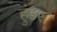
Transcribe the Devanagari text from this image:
हुंडरा